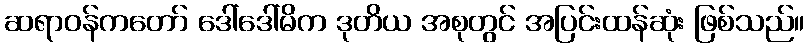
ဆရာဝန်ကတော် ဒေါ်ဒေါ်မိက ဒုတိယ အစုတွင် အပြင်းထန်ဆုံး ဖြစ်သည်။